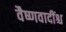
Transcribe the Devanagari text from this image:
वैष्णवादींश्च